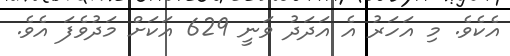
އެކެވެ. މި އަހަރު އެ އަދަދު ވަނީ 629 އަކަށް މަދުވެފަ އެވެ.